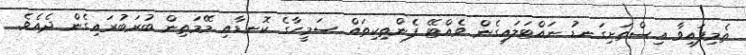
ތެމިފައިވާ އިސްތަށިގަނޑު ނައްޓަލައިގެން ވެއްޓޭ ފެންތިކިތައް ސަމީހާގެ ކޮނޑާއި މޭމަތިން ބުރަބުރައިގެން ދެއެވެ.